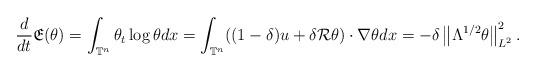
LaTeX: \begin{align*}\frac{d}{dt}\mathfrak{E}(\theta)=\int_{\mathbb{T}^n} \theta_{t} \log \theta dx=\int_{\mathbb{T}^n} ((1-\delta)u+\delta\mathcal{R}\theta)\cdot \nabla\theta dx=-\delta\left\|\Lambda^{1/2}\theta\right\|_{L^2}^2.\end{align*}